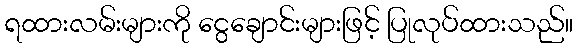
ရထားလမ်းများကို ငွေချောင်းများဖြင့် ပြုလုပ်ထားသည်။